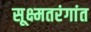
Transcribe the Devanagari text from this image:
सूक्ष्मतरंगांत